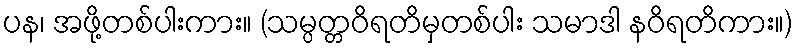
ပန၊ အဖို့တစ်ပါးကား။ (သမ္ပတ္တဝိရတိမှတစ်ပါး သမာဒါ နဝိရတိကား။)